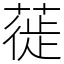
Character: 蓰